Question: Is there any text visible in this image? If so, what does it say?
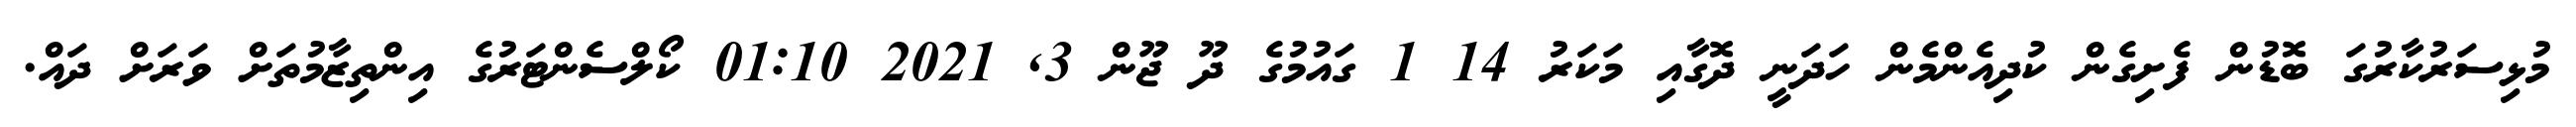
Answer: މުޅިސަރުކާރުގަ ބޮޑުން ފެށިގެން ކުދިއެންމެން ހަދަނީ ދޮގާއި މަކަރު 14 1 ގައުމުގެ ދޫ ޖޫން 3, 2021 01:10 ކޯލްސެންޓަރުގެ އިންތިޒާމުތަށް ވަރަށް ދައް.